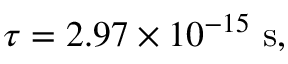
\tau = 2 . 9 7 \times 1 0 ^ { - 1 5 } \ \mathrm { s } ,